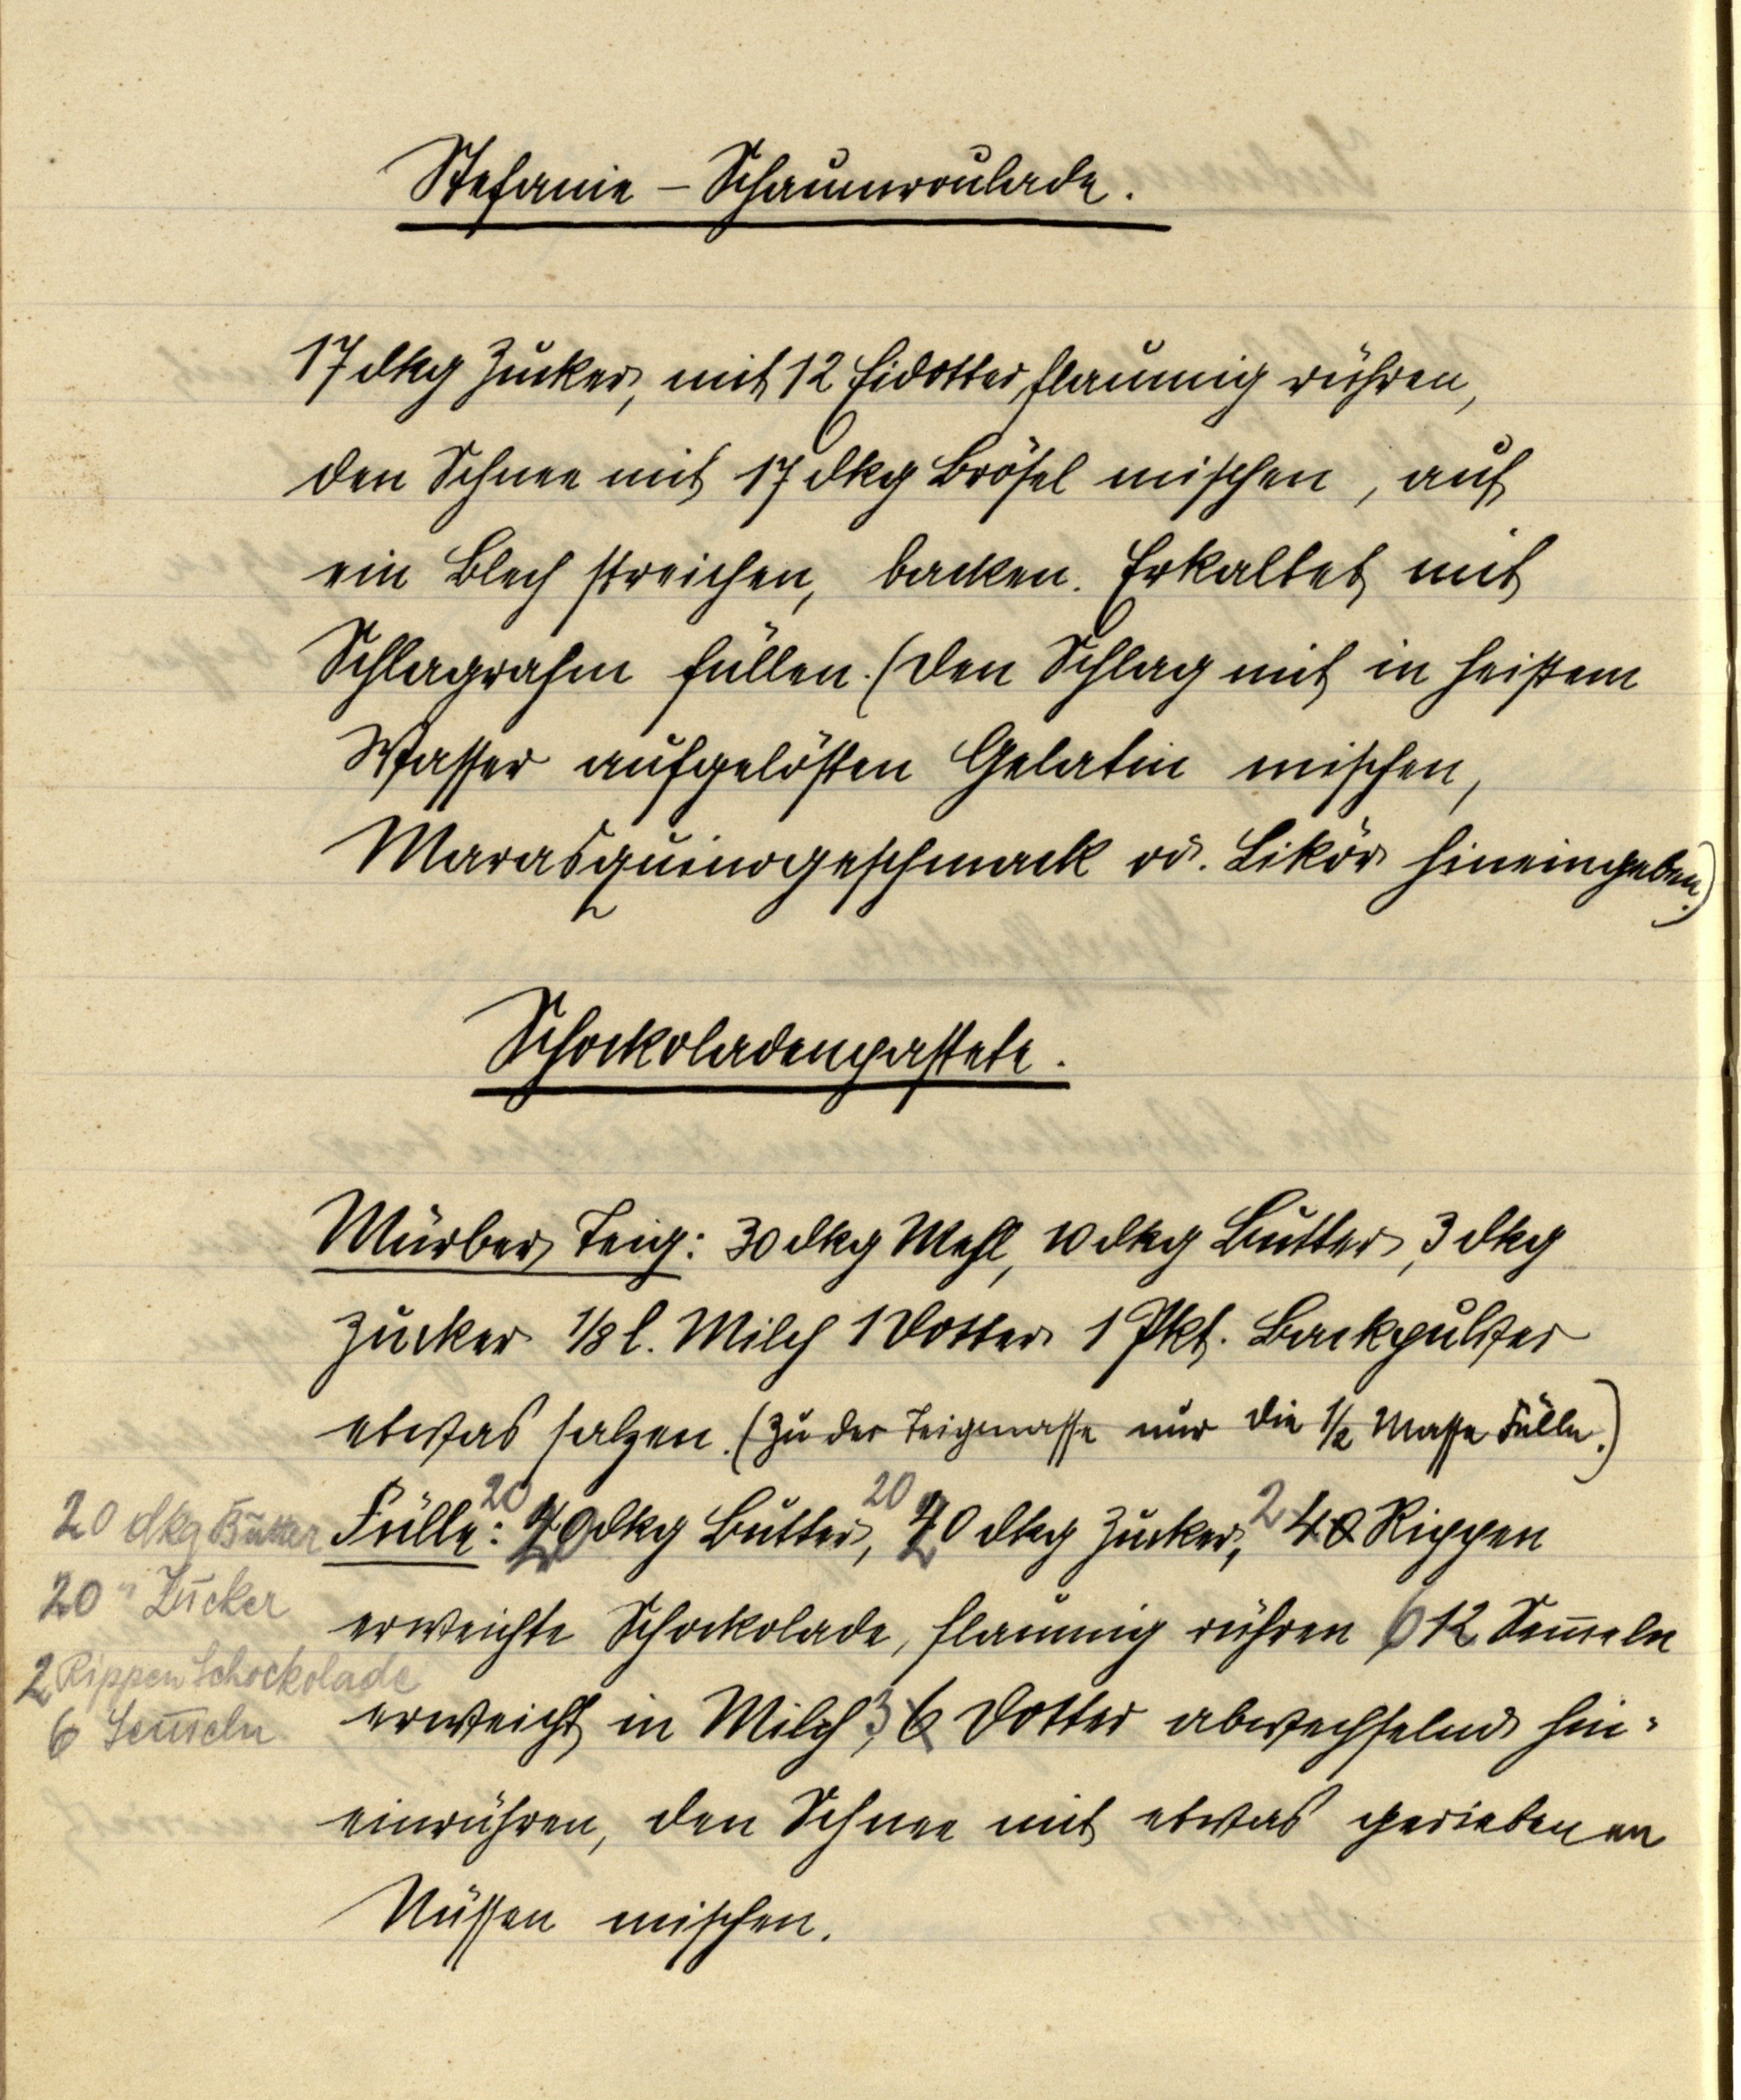
Stefanie-Schaumroulade.

17 dkg Zucker, mit 12 Eidotter flaumig rühren,
den Schnee mit 17 dkg Brösel mischen, auf
ein Blech streichen, backen. Erkaltet mit
Schlagrahm füllen. (den Schlag mit in heißem
Wasser aufgelösten Gelatin mischen,
Marasquinogeschmack od. Likör hineingeben.)

Schockoladenpastete.

Mürber Teig: 30 dkg Mehl, 10 dkg Butter, 3 dkg
Zucker ⅛ l. Milch 1 Dotter 1 Pkt. Backpulver
etwas salzen. (Zu der Teigmasse nur die ½ Masse Fülle.)
Fülle: 20 40 20 dkg Butter, 20 40 20 dkg Zucker 2 40 Rippen
erweichte Schockolade, flaumig rühren 6 12 Semmeln
erweicht in Milch 3 6 Dotter abwechselnd hin¬
einrühren, den Schnee mit etwas geriebenen
Nüssen mischen.

20 dkg Butter
20 " Zucker
2 Rippen Schockolade
6 Semmeln